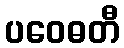
ပဝေဓတီ